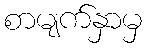
စာမျက်နှာမှ